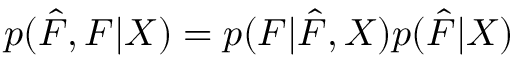
p ( \hat { F } , F | X ) = p ( F | \hat { F } , X ) p ( \hat { F } | X )